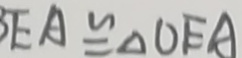
E A \cong \Delta O E A